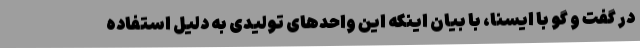
در گفت و گو با ایسنا، با بیان اینکه این واحدهای تولیدی به دلیل استفاده